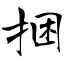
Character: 捆